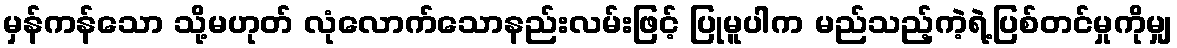
မှန်ကန်သော သို့မဟုတ် လုံလောက်သောနည်းလမ်းဖြင့် ပြုမူပါက မည်သည့်ကဲ့ရဲ့ပြစ်တင်မှုကိုမျှ